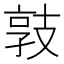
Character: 𢻓